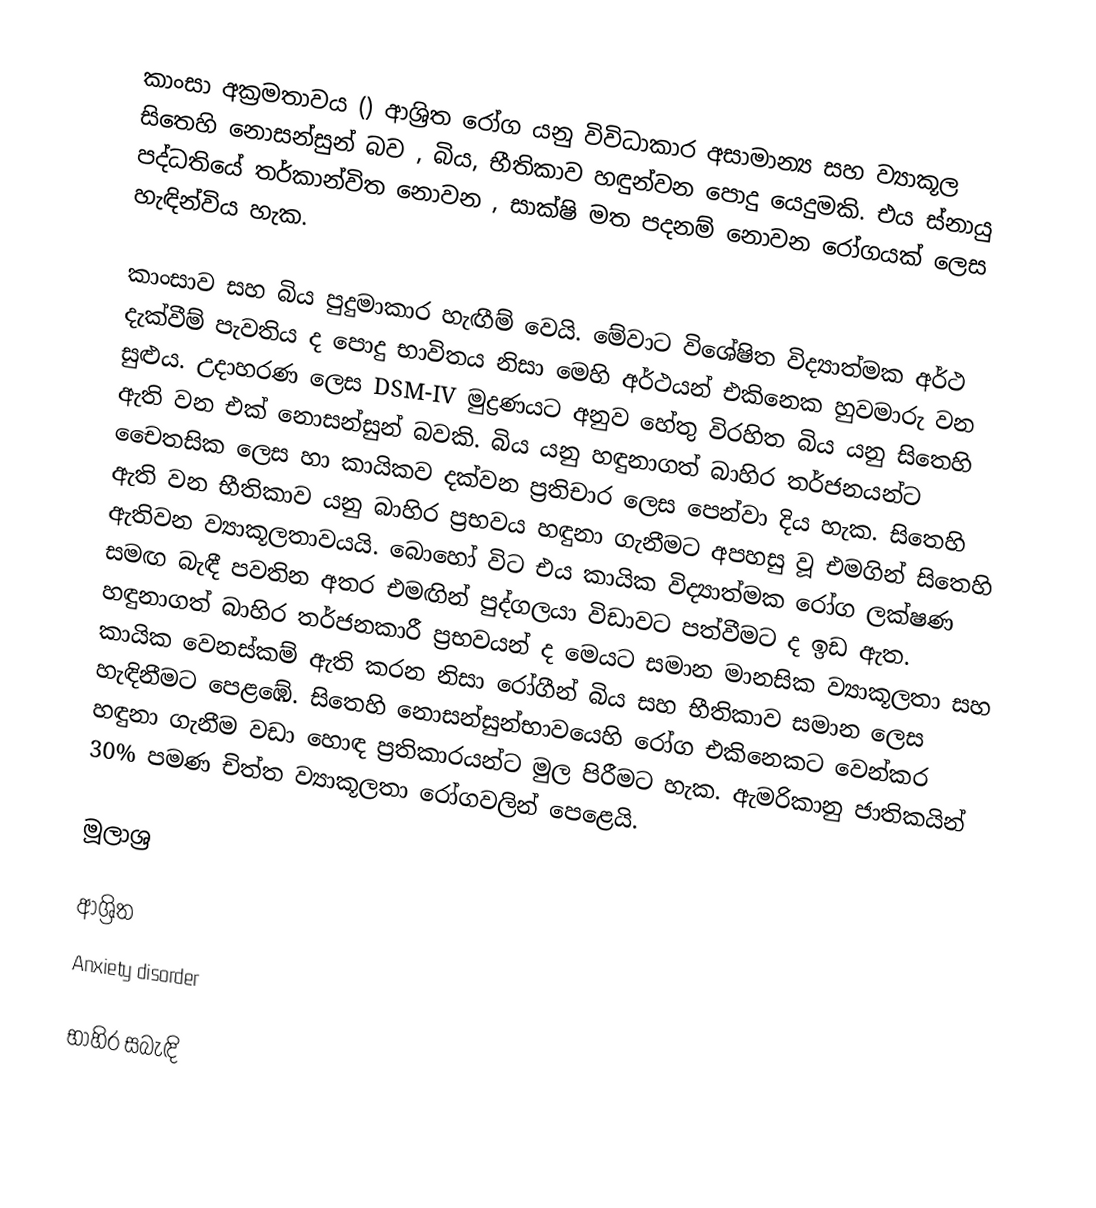
කාංසා අක්‍රමතාවය () ආශ්‍රිත රෝග යනු විවිධාකාර අසාමාන්‍ය සහ ව්‍යාකූල සිතෙහි නොසන්සුන් බව , බිය, භීතිකාව හඳුන්වන පොදු යෙදුමකි. එය ස්නායු පද්ධතියේ තර්කාන්විත නොවන , සාක්ෂි මත පදනම් නොවන රෝගයක් ලෙස හැඳින්විය හැක.

කාංසාව සහ බිය පුදුමාකාර හැඟීම් වෙයි. මේවාට විශේෂිත විද්‍යාත්මක අර්ථ දැක්වීම් පැවතිය ද පොදු භාවිතය නිසා මෙහි අර්ථයන් එකිනෙක හුවමාරු වන සුළුය. උදාහරණ ලෙස DSM-IV මුද්‍රණයට අනුව හේතු විරහිත බිය යනු සිතෙහි ඇති වන එක් නොසන්සුන් බවකි. බිය යනු හඳුනාගත් බාහිර තර්ජනයන්ට චෛතසික ලෙස හා කායිකව දක්වන ප්‍රතිචාර ලෙස පෙන්වා දිය හැක. සිතෙහි ඇති වන භීතිකාව යනු බාහිර ප්‍රභවය හඳුනා ගැනීමට අපහසු වූ එමගින් සිතෙහි ඇතිවන ව්‍යාකූලතාවයයි. බොහෝ විට එය කායික විද්‍යාත්මක රෝග ලක්ෂණ සමඟ බැඳී පවතින අතර එමඟින් පුද්ගලයා  විඩාවට පත්වීමට ද ඉඩ ඇත. හඳුනාගත් බාහිර තර්ජනකාරී ප්‍රභවයන් ද මෙයට සමාන මානසික ව්‍යාකූලතා සහ කායික වෙනස්කම් ඇති කරන නිසා රෝගීන් බිය සහ භීතිකාව  සමාන ලෙස හැඳිනීමට පෙළඹේ. සිතෙහි නොසන්සුන්භාවයෙහි රෝග එකිනෙකට වෙන්කර හඳුනා ගැනීම වඩා හොඳ ප්‍රතිකාරයන්ට මුල පිරීමට හැක. ඇමරිකානු ජාතිකයින් 30% පමණ චිත්ත ව්‍යාකූලතා රෝගවලින් පෙළෙයි.

මූලාශ්‍ර

ආශ්‍රිත
 Anxiety disorder

භාහිර සබැඳි